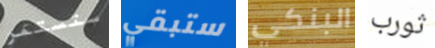
ستستمر ستبقي البنكي ثورب